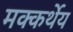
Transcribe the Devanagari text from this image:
मक्कर्थेय